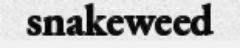
snakeweed